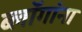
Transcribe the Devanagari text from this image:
ब्लॉगांना